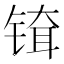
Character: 𬭞